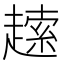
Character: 䞽